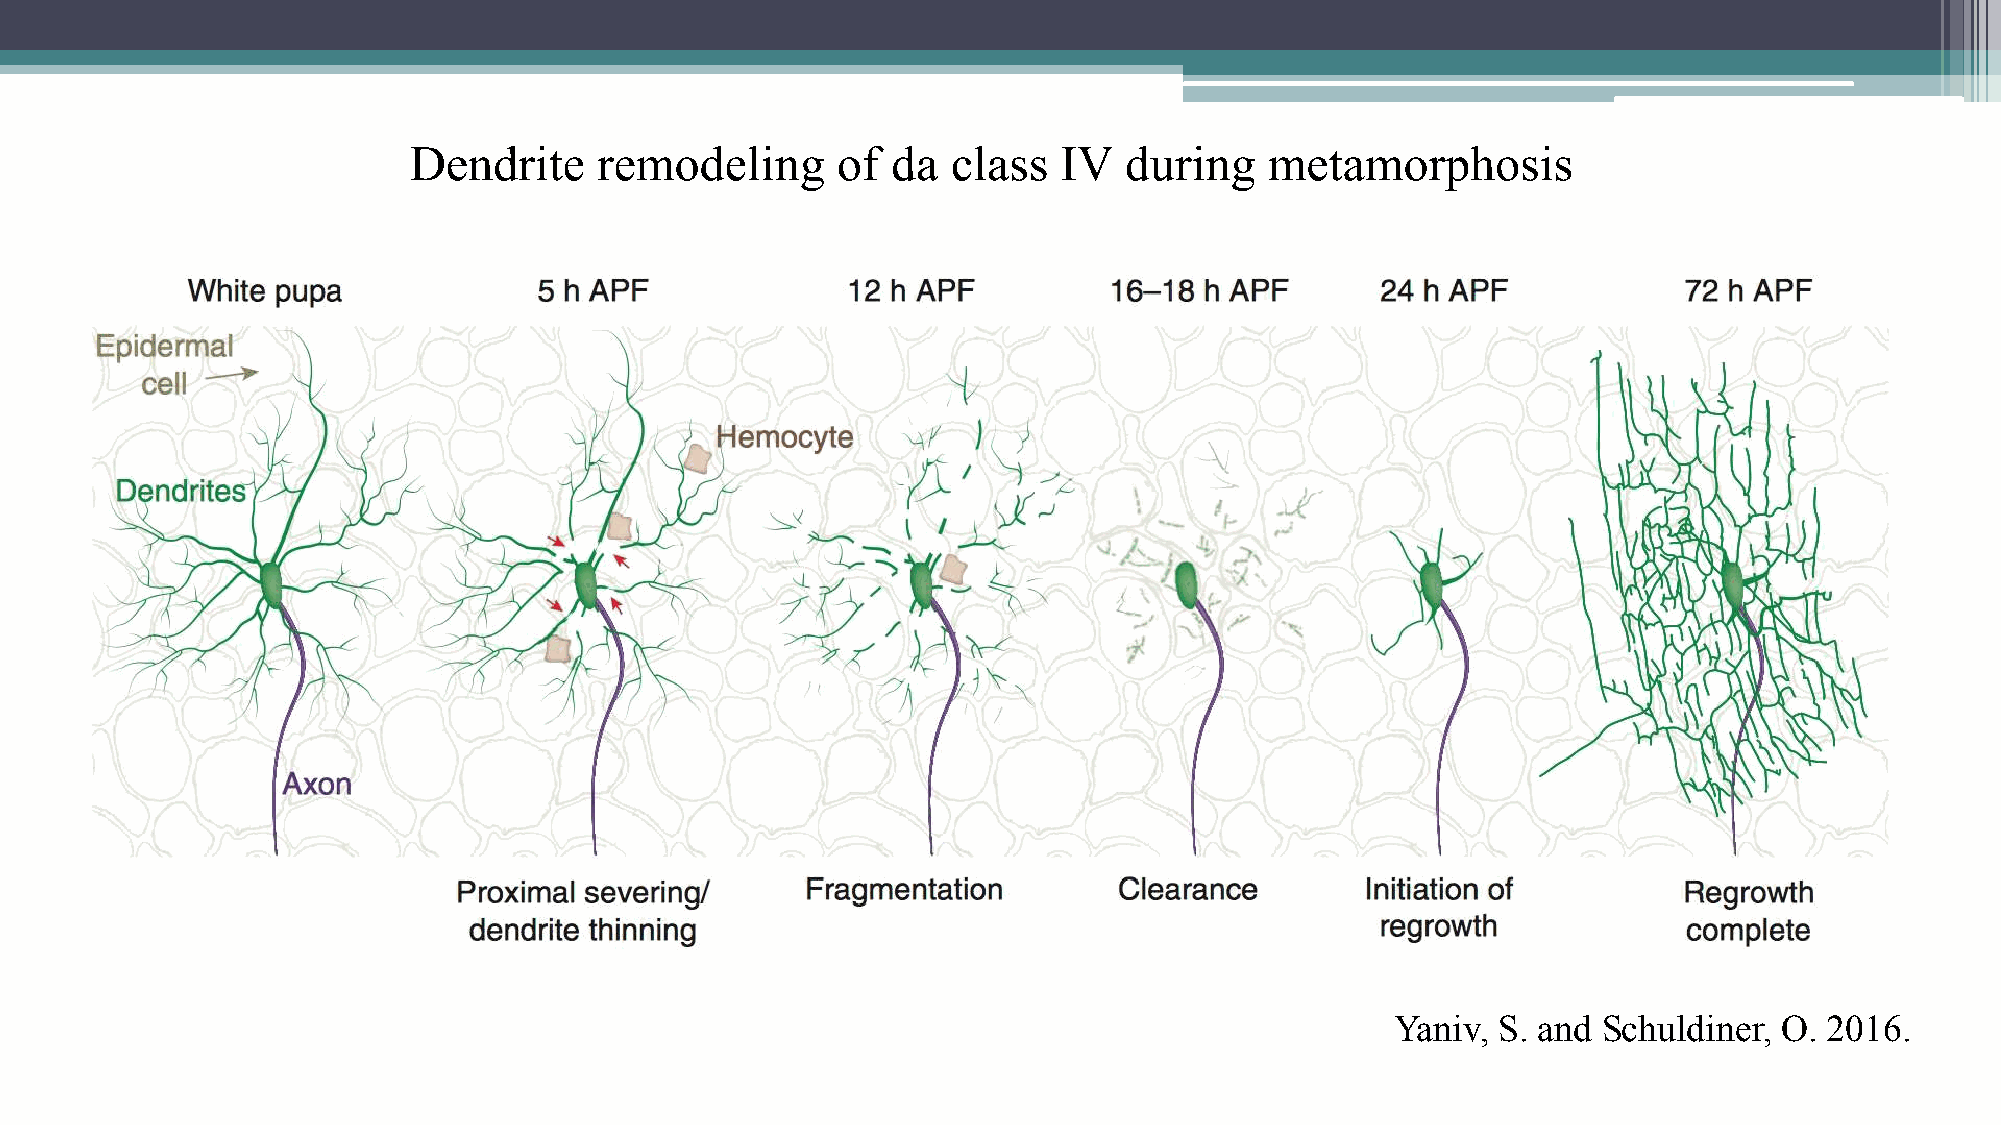
Dendrite     remodeling     of  da  class  IV  during    metamorphosis
 Yaniv, S. and Schuldiner, O. 2016.